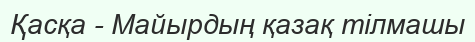
Қасқа - Майырдың қазақ тілмашы